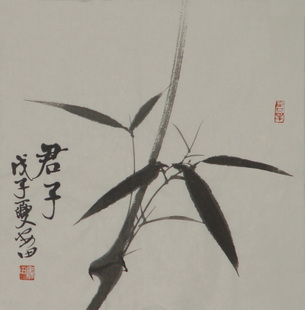
射有似乎君子。失诸正鹄，反求诸其身。